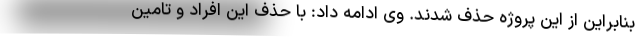
بنابراین از این پروژه حذف شدند. وی ادامه داد: با حذف این افراد و تامین